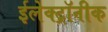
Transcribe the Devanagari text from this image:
ईलेक्ट्रॉनीक